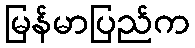
မြန်မာပြည်က